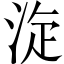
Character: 㰼